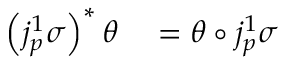
\begin{array} { r l } { \left( j _ { p } ^ { 1 } \sigma \right) ^ { * } \theta } & { { } = \theta \circ j _ { p } ^ { 1 } \sigma } \end{array}